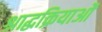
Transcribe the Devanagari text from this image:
श्राद्धक्रियाओं